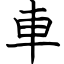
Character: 車